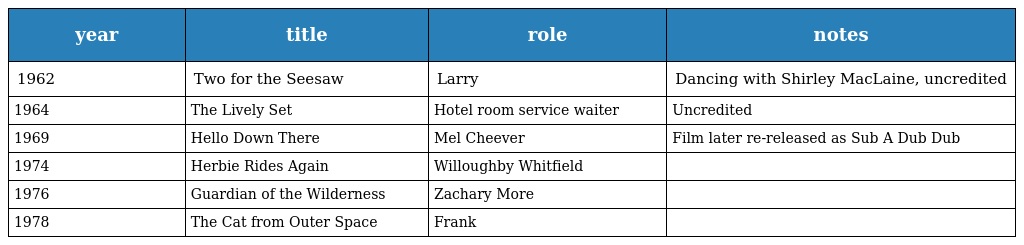
| year | title | role | notes |
 | --- | --- | --- | --- |
 | 1962 | Two for the Seesaw | Larry | Dancing with Shirley MacLaine, uncredited |
 | 1964 | The Lively Set | Hotel room service waiter | Uncredited |
 | 1969 | Hello Down There | Mel Cheever | Film later re-released as Sub A Dub Dub |
 | 1974 | Herbie Rides Again | Willoughby Whitfield |  |
 | 1976 | Guardian of the Wilderness | Zachary More |  |
 | 1978 | The Cat from Outer Space | Frank |  |